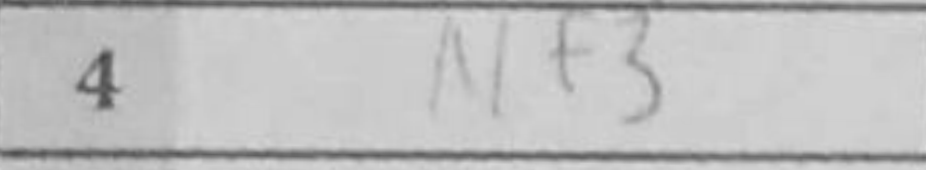
Transcription: Nf3